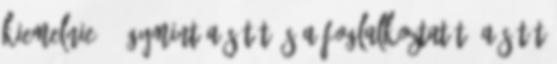
kiemelnie: .úgymint a sétát és a foglalkoztatót. A sétát